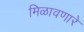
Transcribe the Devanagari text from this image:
मिळावणारे